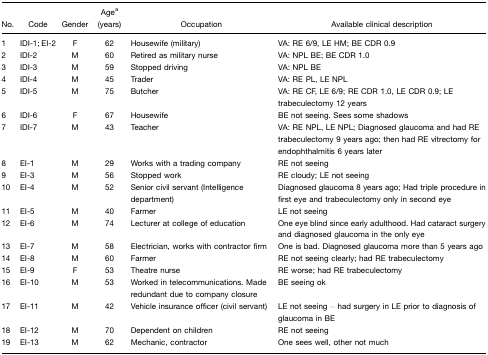
<table><thead><tr><td><b>No.</b></td><td><b>Code</b></td><td><b>Gender</b></td><td><b>Agea (years)</b></td><td><b>Occupation</b></td><td><b>Available clinical description</b></td></tr></thead><tbody><tr><td>1</td><td>IDI-1; EI-2</td><td>F</td><td>62</td><td>Housewife (military)</td><td>VA: RE 6/9, LE HM; BE CDR 0.9</td></tr><tr><td>2</td><td>IDI-2</td><td>M</td><td>60</td><td>Retired as military nurse</td><td>VA: NPL BE; BE CDR 1.0</td></tr><tr><td>3</td><td>IDI-3</td><td>M</td><td>59</td><td>Stopped driving</td><td>VA: NPL BE</td></tr><tr><td>4</td><td>IDI-4</td><td>M</td><td>45</td><td>Trader</td><td>VA: RE PL, LE NPL</td></tr><tr><td>5</td><td>IDI-5</td><td>M</td><td>75</td><td>Butcher</td><td>VA: RE CF, LE 6/9; RE CDR 1.0, LE CDR 0.9; LE trabeculectomy 12 years</td></tr><tr><td>6</td><td>IDI-6</td><td>F</td><td>67</td><td>Housewife</td><td>BE not seeing. Sees some shadows</td></tr><tr><td>7</td><td>IDI-7</td><td>M</td><td>43</td><td>Teacher</td><td>VA: RE NPL, LE NPL; Diagnosed glaucoma and had RE trabeculectomy 9 years ago; then had RE vitrectomy for endophthalmitis 6 years later</td></tr><tr><td>8</td><td>EI-1</td><td>M</td><td>29</td><td>Works with a trading company</td><td>RE not seeing</td></tr><tr><td>9</td><td>EI-3</td><td>M</td><td>56</td><td>Stopped work</td><td>RE cloudy; LE not seeing</td></tr><tr><td>10</td><td>EI-4</td><td>M</td><td>52</td><td>Senior civil servant (Intelligence department)</td><td>Diagnosed glaucoma 8 years ago; Had triple procedure in first eye and trabeculectomy only in second eye</td></tr><tr><td>11</td><td>EI-5</td><td>M</td><td>40</td><td>Farmer</td><td>LE not seeing</td></tr><tr><td>12</td><td>EI-6</td><td>M</td><td>74</td><td>Lecturer at college of education</td><td>One eye blind since early adulthood. Had cataract surgery and diagnosed glaucoma in the only eye</td></tr><tr><td>13</td><td>EI-7</td><td>M</td><td>58</td><td>Electrician, works with contractor firm</td><td>One is bad. Diagnosed glaucoma more than 5 years ago</td></tr><tr><td>14</td><td>EI-8</td><td>M</td><td>60</td><td>Farmer</td><td>RE not seeing clearly; had RE trabeculectomy</td></tr><tr><td>15</td><td>EI-9</td><td>F</td><td>53</td><td>Theatre nurse</td><td>RE worse; had RE trabeculectomy</td></tr><tr><td>16</td><td>EI-10</td><td>M</td><td>53</td><td>Worked in telecommunications. Made redundant due to company closure</td><td>BE seeing ok</td></tr><tr><td>17</td><td>EI-11</td><td>M</td><td>42</td><td>Vehicle insurance officer (civil servant)</td><td>LE not seeing – had surgery in LE prior to diagnosis of glaucoma in BE</td></tr><tr><td>18</td><td>EI-12</td><td>M</td><td>70</td><td>Dependent on children</td><td>RE not seeing</td></tr><tr><td>19</td><td>EI-13</td><td>M</td><td>62</td><td>Mechanic, contractor</td><td>One sees well, other not much</td></tr></tbody></table>